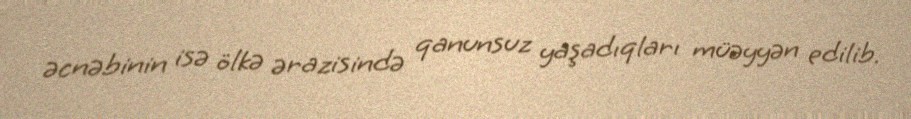
əcnəbinin isə ölkə ərazisində qanunsuz yaşadıqları müəyyən edilib.